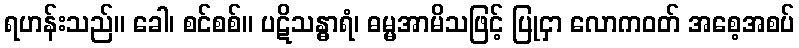
ရဟန်းသည်။ ခေါ၊ စင်စစ်။ ပဋိသန္ဓာရံ၊ ဓမ္မအာမိသဖြင့် ပြုငှာ လောကဝတ် အစေ့အစပ်